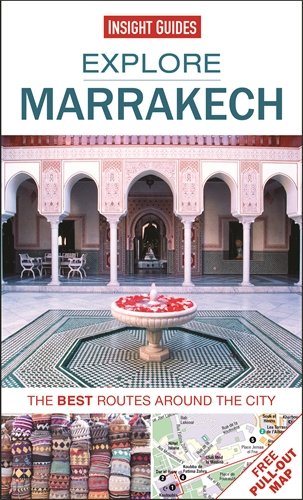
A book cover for Explore Marrakech: The best routes around the city; Insight Guides; Travel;